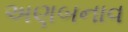
અણબનાવ